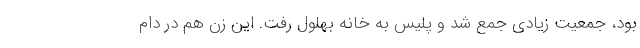
بود، جمعیت زیادی جمع شد و پلیس به خانه بهلول رفت. این زن هم در دام